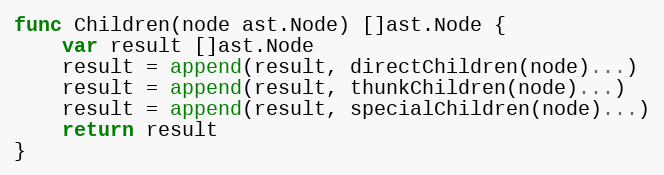
Language: Go
func Children(node ast.Node) []ast.Node {
	var result []ast.Node
	result = append(result, directChildren(node)...)
	result = append(result, thunkChildren(node)...)
	result = append(result, specialChildren(node)...)
	return result
}